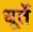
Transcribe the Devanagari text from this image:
धूर्ते